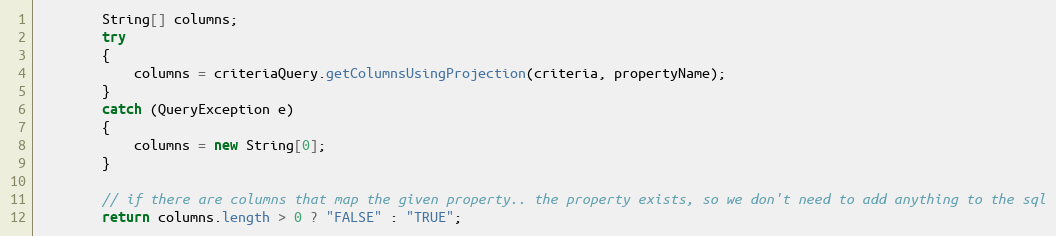
Language: Java
        String[] columns;
        try
        {
            columns = criteriaQuery.getColumnsUsingProjection(criteria, propertyName);
        }
        catch (QueryException e)
        {
            columns = new String[0];
        }

        // if there are columns that map the given property.. the property exists, so we don't need to add anything to the sql
        return columns.length > 0 ? "FALSE" : "TRUE";